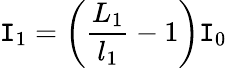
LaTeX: \mathtt{I}_{1}=\left(\frac{{L_{1}}}{{l_{1}}}-1\right)\mathtt{I}_{0}